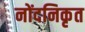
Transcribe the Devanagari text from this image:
नोंदनिकृत